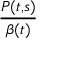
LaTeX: \textstyle { \frac { P ( t , s ) } { \beta ( t ) } }